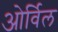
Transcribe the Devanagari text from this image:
ओर्विल